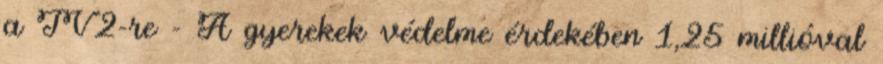
a TV2-re - A gyerekek védelme érdekében 1,25 millióval